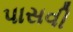
પાસવી